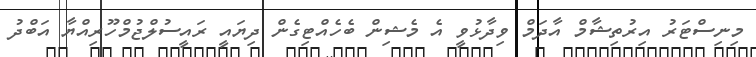
މިނިސްޓަރު އިރުތިޝާމް އާދަމް ވިދާޅުވީ އެ މެޝިން ބެހެއްޓިގެން ދިޔައީ ރައީސުލްޖުމްހޫރިއްޔާ އަބްދު